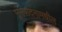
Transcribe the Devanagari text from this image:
भूसंपादनामधील